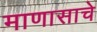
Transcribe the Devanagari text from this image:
माणासाचे